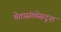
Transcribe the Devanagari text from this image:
चेतासंस्थेसदृश